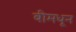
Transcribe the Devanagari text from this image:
बीमधून